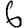
Digit: 6